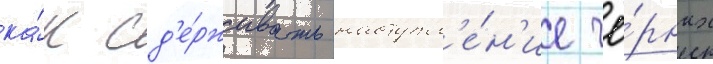
ка́к сд'е́рживать наступл'е́н'ие чё́рных